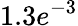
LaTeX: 1.3e^{-3}